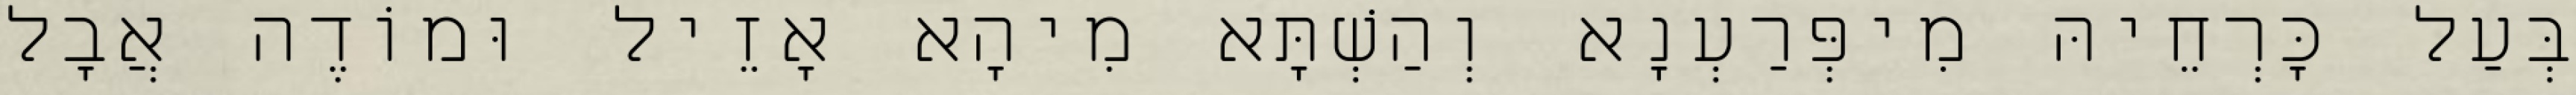
בְּעַל כָּרְחֵיהּ מִיפְּרַעְנָא וְהַשְׁתָּא מִיהָא אָזֵיל וּמוֹדֶה אֲבָל